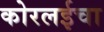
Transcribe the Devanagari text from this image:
कोरलईचा